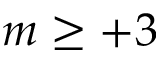
m \geq + 3